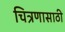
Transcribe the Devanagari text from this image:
चित्रणासाठी